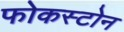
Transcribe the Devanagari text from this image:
फोकस्टोन